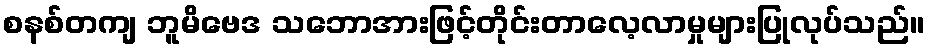
စနစ်တကျ ဘူမိဗေဒ သဘောအားဖြင့်တိုင်းတာလေ့လာမှုများပြုလုပ်သည်။